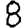
Digit: 8